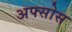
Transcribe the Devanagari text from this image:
अफ्सोस